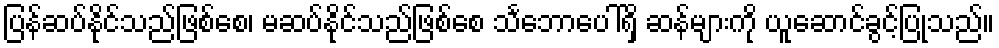
ပြန်ဆပ်နိုင်သည်ဖြစ်စေ၊ မဆပ်နိုင်သည်ဖြစ်စေ သင်္ဘောပေါ်ရှိ ဆန်များကို ယူဆောင်ခွင့်ပြုသည်။